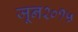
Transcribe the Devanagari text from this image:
जून२०१५